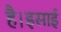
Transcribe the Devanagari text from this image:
है।इसाई